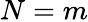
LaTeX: N=m